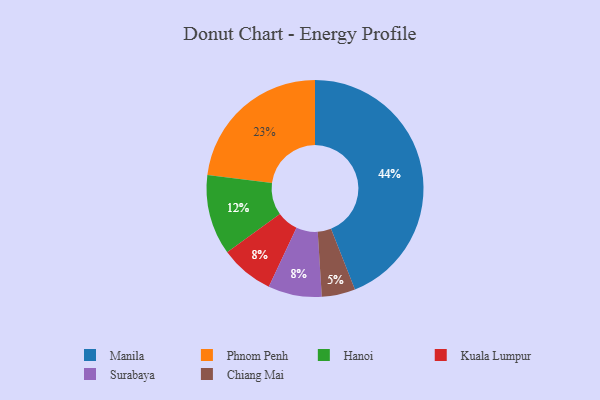
{"axis": {"x": "Category", "y": "Percentage"}, "legend": ["Chiang Mai", "Hanoi", "Kuala Lumpur", "Manila", "Phnom Penh", "Surabaya"], "data": [{"x": "Chiang Mai", "y": 5, "type": "Chiang Mai"}, {"x": "Hanoi", "y": 12, "type": "Hanoi"}, {"x": "Kuala Lumpur", "y": 8, "type": "Kuala Lumpur"}, {"x": "Manila", "y": 44, "type": "Manila"}, {"x": "Phnom Penh", "y": 23, "type": "Phnom Penh"}, {"x": "Surabaya", "y": 8, "type": "Surabaya"}]}